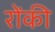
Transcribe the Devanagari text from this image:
रोंकी